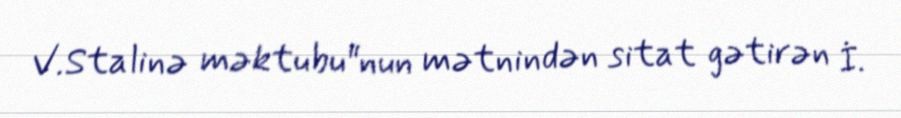
V.Stalinə məktubu"nun mətnindən sitat gətirən İ.